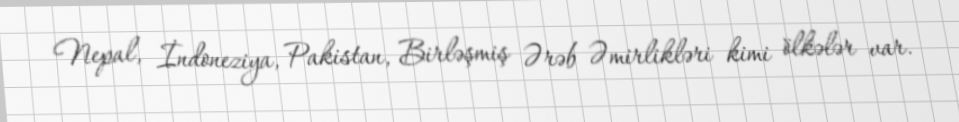
Nepal, İndoneziya, Pakistan, Birləşmiş Ərəb Əmirlikləri kimi ölkələr var.